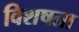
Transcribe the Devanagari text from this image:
विशषता